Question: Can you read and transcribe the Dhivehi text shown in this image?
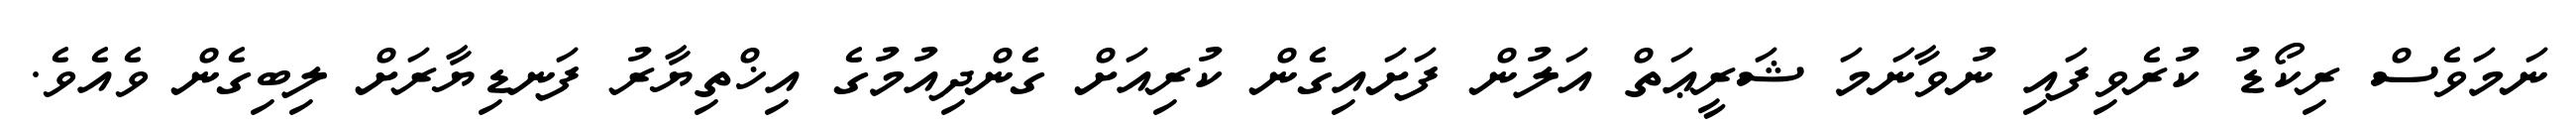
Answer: ނަމަވެސް ރިކޯޑު ކުރެވިފައި ނުވާނަމަ ޝަރީޢަތް އަލުން ފަށައިގެން ކުރިއަށް ގެންދިއުމުގެ އިޚްތިޔާރު ފަނޑިޔާރަށް ލިބިގެން ވެއެވެ.